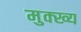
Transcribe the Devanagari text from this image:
मुक्ख्य